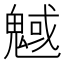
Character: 魊